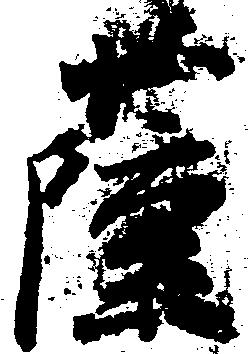
薩